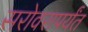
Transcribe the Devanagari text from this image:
सरोवरापर्यंत